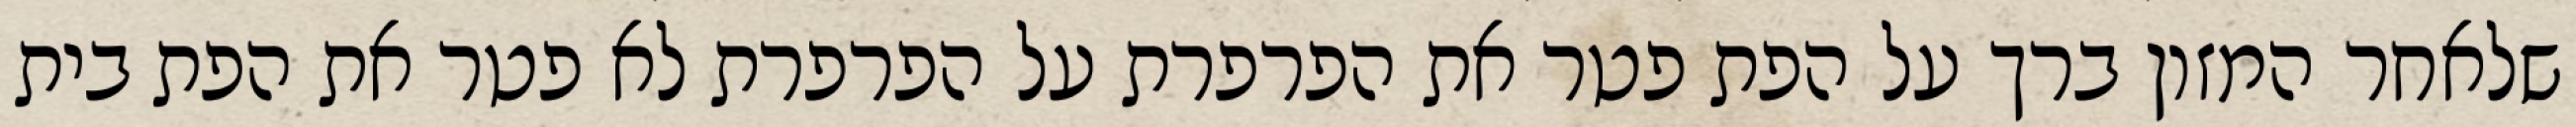
שלאחר המזון ברך על הפת פטר את הפרפרת על הפרפרת לא פטר את הפת בית